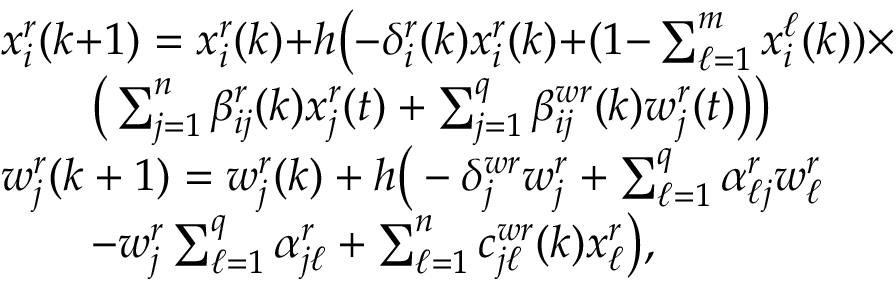
\begin{array} { r l } & { x _ { i } ^ { r } ( k { + } 1 ) = x _ { i } ^ { r } ( k ) { + } h \big ( { - } \delta _ { i } ^ { r } ( k ) x _ { i } ^ { r } ( k ) { + } ( 1 { - } \textstyle \sum _ { \ell = 1 } ^ { m } x _ { i } ^ { \ell } ( k ) ) \times } \\ & { \qquad \big ( \textstyle \sum _ { j = 1 } ^ { n } \beta _ { i j } ^ { r } ( k ) x _ { j } ^ { r } ( t ) + \textstyle \sum _ { j = 1 } ^ { q } \beta _ { i j } ^ { w r } ( k ) w _ { j } ^ { r } ( t ) \big ) \big ) } \\ & { w _ { j } ^ { r } ( k + 1 ) = w _ { j } ^ { r } ( k ) + h \big ( - \delta _ { j } ^ { w r } w _ { j } ^ { r } + \textstyle \sum _ { \ell = 1 } ^ { q } \alpha _ { \ell j } ^ { r } w _ { \ell } ^ { r } } \\ & { \qquad - w _ { j } ^ { r } \textstyle \sum _ { \ell = 1 } ^ { q } \alpha _ { j \ell } ^ { r } + \textstyle \sum _ { \ell = 1 } ^ { n } c _ { j \ell } ^ { w r } ( k ) x _ { \ell } ^ { r } \big ) , } \end{array}